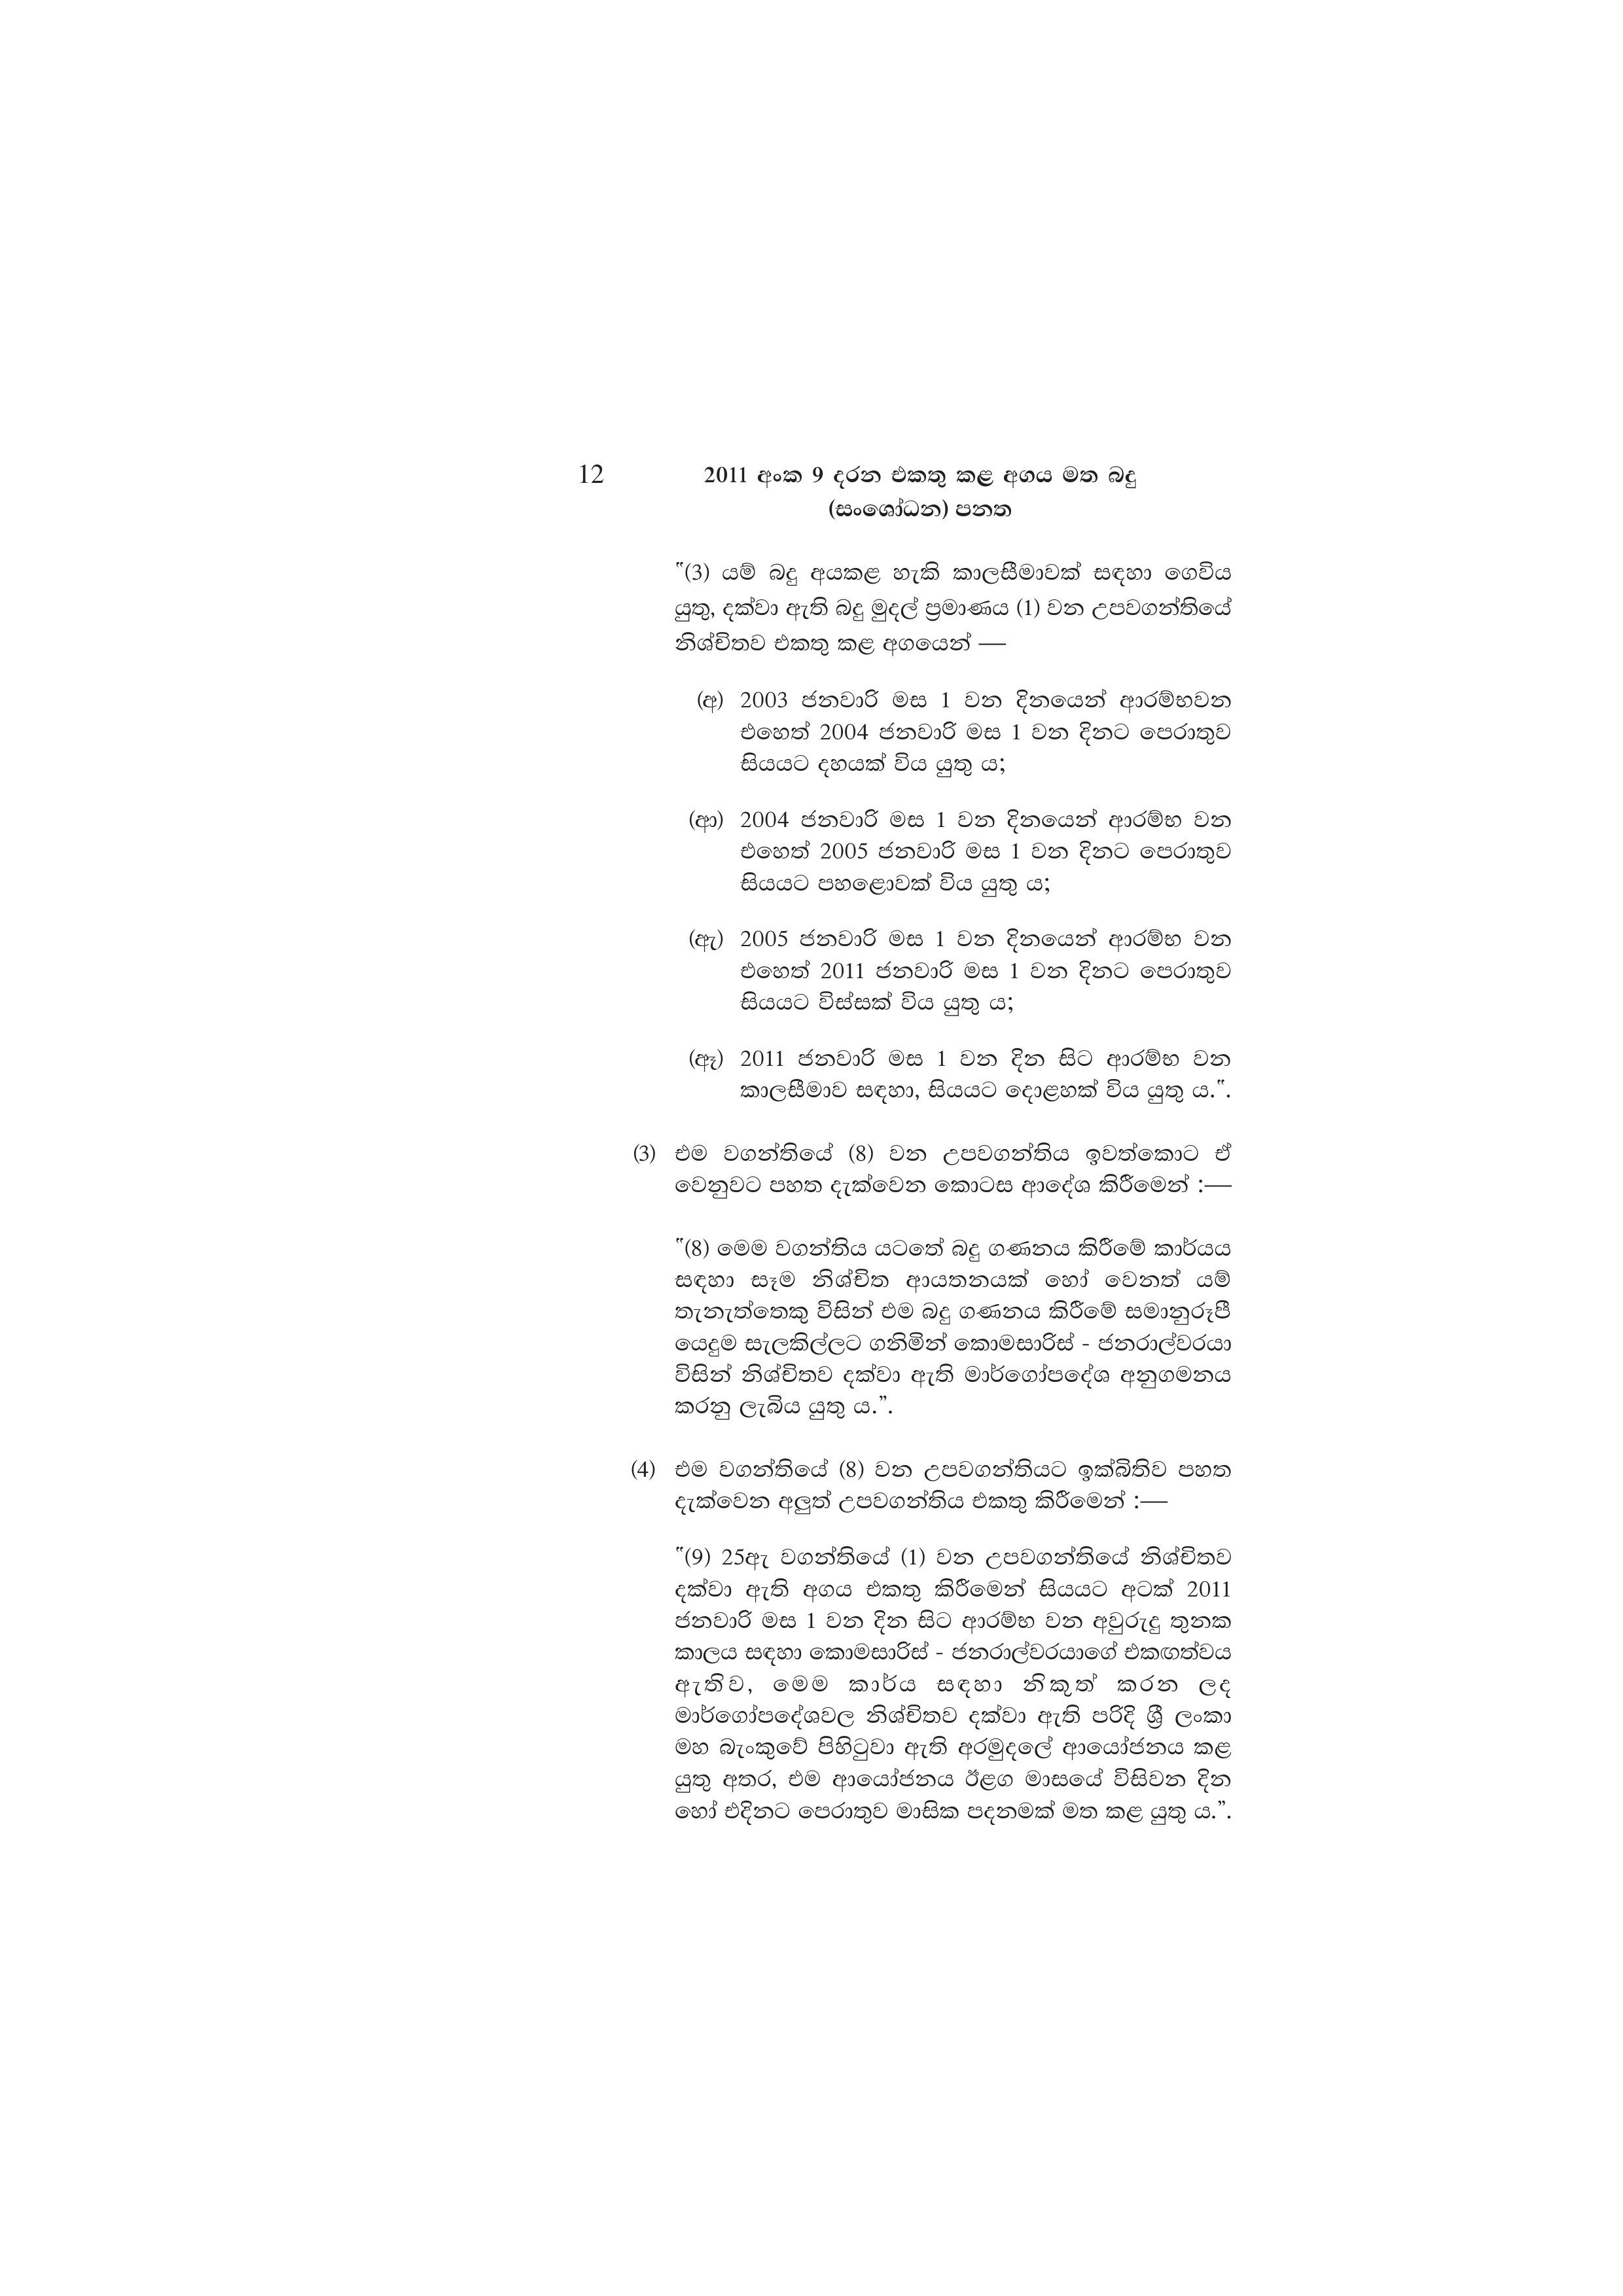
12 2011 අංක 9 දරන එකතු කළ අගය මත බදු
(සංශෝධන) පනත

"(3) යම් බදු අයකළ හැකි කාලසීමාවක් සඳහා ගෙවිය
යුතු, දක්වා ඇති බදු මුදල් ප්‍රමාණය (1) වන උපවගන්තියේ
නිශ්චිතව එකතු කළ අගයෙන් —

(අ) 2003 ජනවාරි මස 1 වන දිනයෙන් ආරම්භවන
එහෙත් 2004 ජනවාරි මස 1 වන දිනට පෙරාතුව
සියයට දහයක් විය යුතු ය;

(ආ) 2004 ජනවාරි මස 1 වන දිනයෙන් ආරම්භ වන
එහෙත් 2005 ජනවාරි මස 1 වන දිනට පෙරාතුව
සියයට පහළොවක් විය යුතු ය;

(ඇ) 2005 ජනවාරි මස 1 වන දිනයෙන් ආරම්භ වන
එහෙත් 2011 ජනවාරි මස 1 වන දිනට පෙරාතුව
සියයට විස්සක් විය යුතු ය;

(ඈ) 2011 ජනවාරි මස 1 වන දින සිට ආරම්භ වන
කාලසීමාව සඳහා, සියයට දොළහක් විය යුතු ය.".

(3) එම වගන්තියේ (8) වන උපවගන්තිය ඉවත්කොට ඒ
වෙනුවට පහත දැක්වෙන කොටස ආදේශ කිරීමෙන් :—

"(8) මෙම වගන්තිය යටතේ බදු ගණනය කිරීමේ කාර්යය
සඳහා සෑම නිශ්චිත ආයතනයක් හෝ වෙනත් යම්
තැනැත්තෙකු විසින් එම බදු ගණනය කිරීමේ සමානුරූපී
යෙදුම සැලකිල්ලට ගනිමින් කොමසාරිස් - ජනරාල්වරයා
විසින් නිශ්චිතව දක්වා ඇති මාර්ගෝපදේශ අනුගමනය
කරනු ලැබිය යුතු ය.”.

(4) එම වගන්තියේ (8) වන උපවගන්තියට ඉක්බිතිව පහත
දැක්වෙන අලුත් උපවගන්තිය එකතු කිරීමෙන් :—

"(9) 25ඇ වගන්තියේ (1) වන උපවගන්තියේ නිශ්චිතව
දක්වා ඇති අගය එකතු කිරීමෙන් සියයට අටක් 2011
ජනවාරි මස 1 වන දින සිට ආරම්භ වන අවුරුදු තුනක
කාලය සඳහා කොමසාරිස් - ජනරාල්වරයාගේ එකඟත්වය
ඇතිව, මෙම කාර්ය සඳහා නිකූත් කරන ලද
මාර්ගෝපදේශවල නිශ්චිතව දක්වා ඇති පරිදි ශ්‍රී ලංකා
මහ බැංකුවේ පිහිටුවා ඇති අරමුදලේ ආයෝජනය කළ
යුතු අතර, එම ආයෝජනය ඊළග මාසයේ විසිවන දින
හෝ එදිනට පෙරාතුව මාසික පදනමක් මත කළ යුතු ය.”.